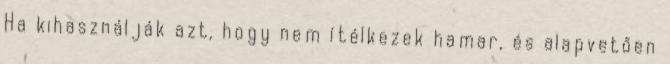
Ha kihasználják azt, hogy nem ítélkezek hamar, és alapvetően